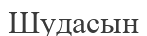
Шудасын